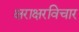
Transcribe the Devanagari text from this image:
क्षराक्षरविचार